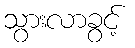
သွားလာခွင့်